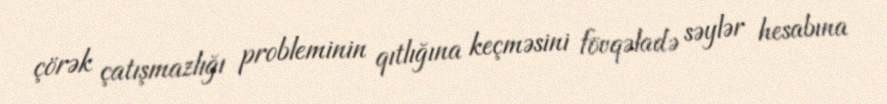
çörək çatışmazlığı probleminin qıtlığına keçməsini fövqəladə səylər hesabına